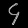
Digit: ၄